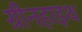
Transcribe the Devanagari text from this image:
ग्रीनहाइथ